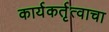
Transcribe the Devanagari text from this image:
कार्यकर्तृत्वाचा